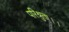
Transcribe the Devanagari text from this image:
परिश्रुता।।